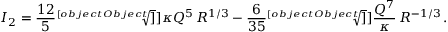
I _ { 2 } = \frac { 1 2 } { 5 } \sqrt [ [object Object] ] ] { \kappa Q ^ { 5 } } \, R ^ { 1 / 3 } - \frac { 6 } { 3 5 } \sqrt [ [object Object] ] ] { \frac { Q ^ { 7 } } { \kappa } } \, R ^ { - 1 / 3 } \, .